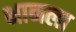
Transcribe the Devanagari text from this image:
भानला